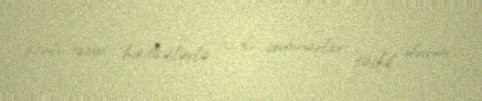
şanlı tarixi hadisələrlə bağlı seminarlar təşkil olunur.